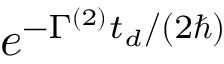
e ^ { - \Gamma ^ { ( 2 ) } t _ { d } / ( 2 \hbar ) }